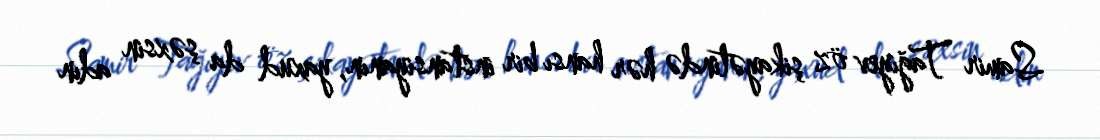
Samir Tağıyev öz şikayətində hər hansı bir instansiyanın, yaxud da şəxsin adın